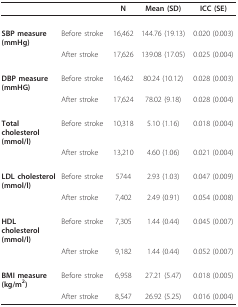
<table><thead><tr><td></td><td></td><td><b>N</b></td><td><b>Mean (SD)</b></td><td><b>ICC (SE)</b></td></tr></thead><tbody><tr><td><b>SBP measure(mmHg)</b></td><td>Before stroke</td><td>16,462</td><td>144.76(19.13)</td><td>0.020 (0.003)</td></tr><tr><td></td><td>After stroke</td><td>17,626</td><td>139.08(17.05)</td><td>0.025 (0.004)</td></tr><tr><td><b>DBP measure(mmHG)</b></td><td>Before stroke</td><td>16,462</td><td>80.24(10.12)</td><td>0.028 (0.003)</td></tr><tr><td></td><td>After stroke</td><td>17,624</td><td>78.02 (9.18)</td><td>0.028 (0.004)</td></tr><tr><td><b>Total cholesterol(mmol/l)</b></td><td>Before stroke</td><td>10,318</td><td>5.10(1.16)</td><td>0.018 (0.004)</td></tr><tr><td></td><td>After stroke</td><td>13,210</td><td>4.60(1.06)</td><td>0.021 (0.004)</td></tr><tr><td><b>LDL cholesterol(mmol/l)</b></td><td>Before stroke</td><td>5744</td><td>2.93(1.03)</td><td>0.047 (0.009)</td></tr><tr><td></td><td>After stroke</td><td>7,402</td><td>2.49(0.91)</td><td>0.054 (0.008)</td></tr><tr><td><b>HDL cholesterol(mmol/l)</b></td><td>Before stroke</td><td>7,305</td><td>1.44(0.44)</td><td>0.045 (0.007)</td></tr><tr><td></td><td>After stroke</td><td>9,182</td><td>1.44(0.44)</td><td>0.052 (0.007)</td></tr><tr><td><b>BMI measure(kg/m</b><sup><b>2</b></sup><b>)</b></td><td>Before stroke</td><td>6,958</td><td>27.21(5.47)</td><td>0.018 (0.005)</td></tr><tr><td></td><td>After stroke</td><td>8,547</td><td>26.92(5.25)</td><td>0.016 (0.004)</td></tr></tbody></table>